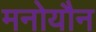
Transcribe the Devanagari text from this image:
मनोयौन